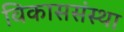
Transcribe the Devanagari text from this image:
विकाससंस्था